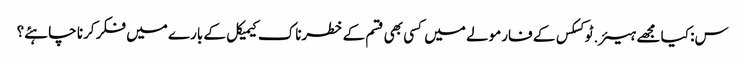
س: کیا مجھے ہیئر.ٹوکسکس کے فارمولے میں کسی بھی قسم کے خطرناک کیمیکل کے بارے میں فکر کرنا چاہئے؟